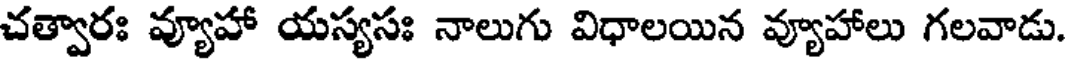
చత్వారః వ్యూహా యస్యసః నాలుగు విధాలయిన వ్యూహాలు గలవాడు.